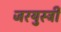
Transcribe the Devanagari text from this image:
जरयुस्त्री